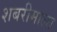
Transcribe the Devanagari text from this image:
शबरीमाला